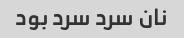
نان سرد سرد بود